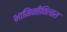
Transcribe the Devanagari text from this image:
भामिनीविलास